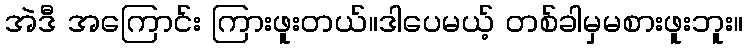
အဲဒီ အကြောင်း ကြားဖူးတယ်။ဒါပေမယ့် တစ်ခါမှမစားဖူးဘူး။